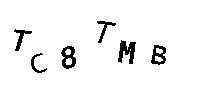
TC8TMB